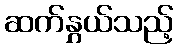
ဆက်နွှယ်သည့်